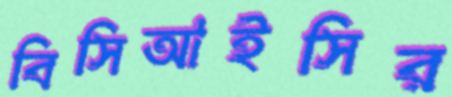
বিসিআইসির